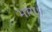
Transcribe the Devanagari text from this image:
भाग।।